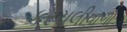
કરચલીવાળા